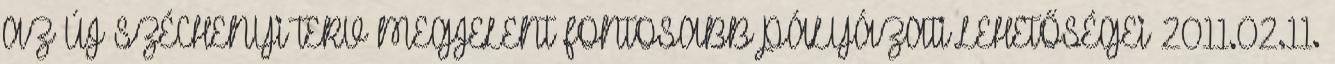
AZ ÚJ SZÉCHENYI TERV MEGJELENT FONTOSABB PÁLYÁZATI LEHETŐSÉGEI 2011.02.11.